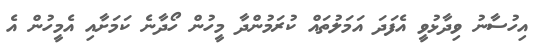
އިހުސާނު ވިދާޅުވީ އެފަދަ އަމަލުތައް ކުރަމުންދާ މީހުން ހޯދާނެ ކަމަށާއި އެމީހުން އެ